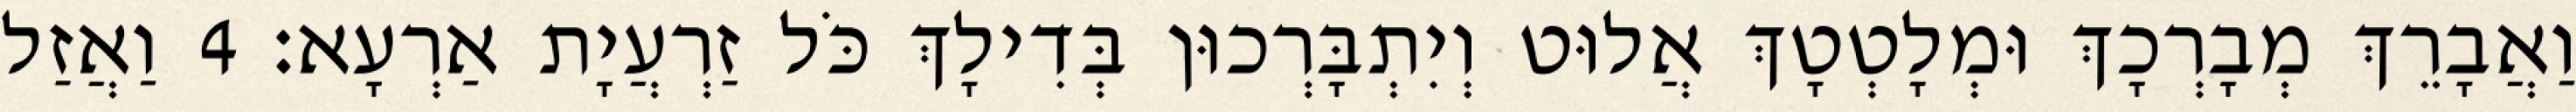
וַאֲבָרֵךְ מְבָרְכָךְ וּמְלָטְטָךְ אֲלוּט וְיִתְבָּרְכוּן בְּדִילָךְ כֹּל זַרְעֲיָת אַרְעָא׃ 4 וַאֲזַל